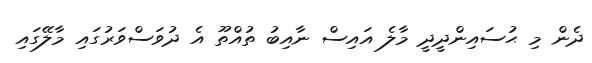
ދެން މި ޙުސައިންދީދީ މާލެ އައިސް ނާއިބު ތުއްތޫ އެ ދުވަސްވަރުގައި މާލޭގައި